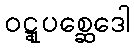
ဝဋ္ဋုပစ္ဆေဒေါ